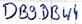
Text: DB9.DB44